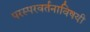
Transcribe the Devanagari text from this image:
परस्परवर्तनाविषयी